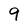
Character: 9